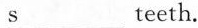
\underline{s} teeth.